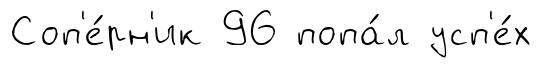
Соп'е́рн'ик 96 попа́л усп'е́х